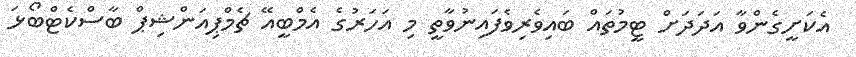
އެކަށީގެންވާ އަދަދަށް ޓީމުތައް ބައިވެރިވެފައިނުވާތީ މި އަހަރުގެ އެމްބީއޭ ޗެމްޕިއަންޝިޕް ބާސްކެޓްބޯޅަ